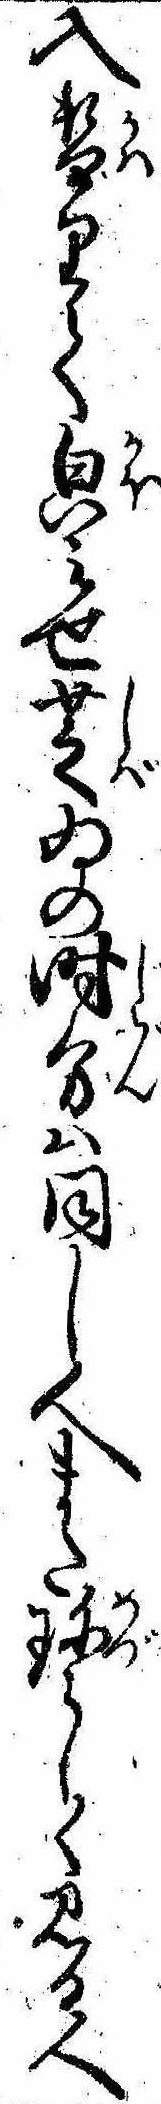
入替りて㒵みせ芝ゐの時分は同し人また珍らしく見る人